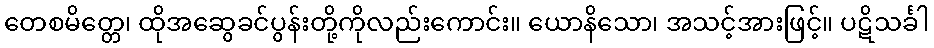
တေစမိတ္တေ၊ ထိုအဆွေခင်ပွန်းတို့ကိုလည်းကောင်း။ ယောနိသော၊ အသင့်အားဖြင့်။ ပဋိသင်္ခါ